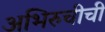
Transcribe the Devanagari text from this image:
अभिरुचीची